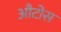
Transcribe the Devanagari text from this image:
औटोस